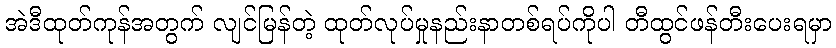
အဲဒီထုတ်ကုန်အတွက် လျင်မြန်တဲ့ ထုတ်လုပ်မှုနည်းနာတစ်ရပ်ကိုပါ တီထွင်ဖန်တီးပေးရမှာ